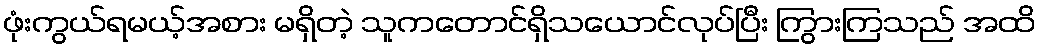
ဖုံးကွယ်ရမယ့်အစား မရှိတဲ့ သူကတောင်ရှိသယောင်လုပ်ပြီး ကြွားကြသည် အထိ